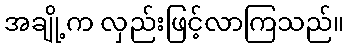
အချို့က လှည်းဖြင့်လာကြသည်။